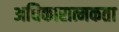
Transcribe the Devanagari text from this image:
अधिकारात्मकता